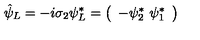
\hat { \psi } _ { L } = - i \sigma _ { 2 } \psi _ { L } ^ { \ast } = \left( \begin{array} { c } { - \psi _ { 2 } ^ { \ast } \ \psi _ { 1 } ^ { \ast } } \\ \end{array} \right)